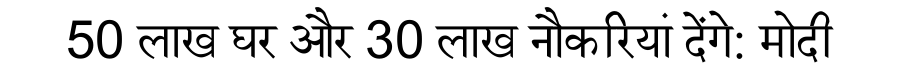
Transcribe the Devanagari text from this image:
50 लाख घर और 30 लाख नौकरियां देंगे: मोदी